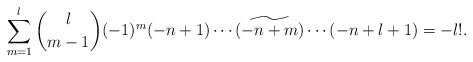
\begin{align*} \sum_{m=1}^l\binom{l}{m-1}(-1)^m(-n+1)\cdots\widetilde{(-n+m)}\cdots(-n+l+1)=-l!.\end{align*}